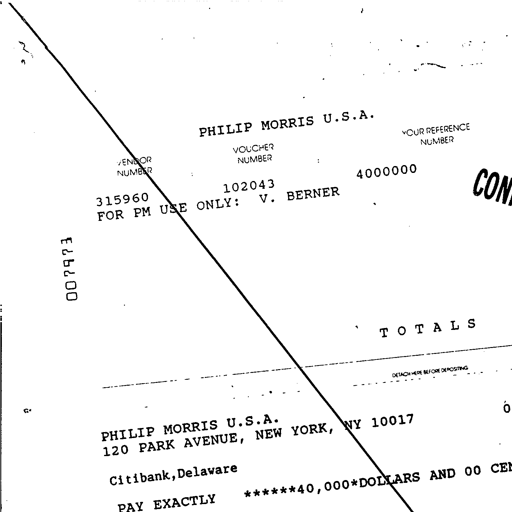
PHILIP MORRIS U.S.A.
VENDOR NUMBER VOUCHER NUMBER YOUR REFERENCE NUMBER
315960 102043 4000000
FOR PM USE ONLY: V. BERNER
007973
TOTALS
DETACH HERE BEFORE DEPOSITING
PHILIP MORRIS U.S.A.
120 PARK AVENUE, NEW YORK, NY 10017
Citibank, Delaware
PAY EXACTLY ******40,000*DOLLARS AND 00 CENTS